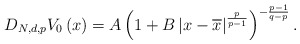
\begin{align*}D_{N,d,p}V_{0}\left( x\right) =A\left( 1+B\left\vert x-\overline{x}\right\vert ^{\frac{p}{p-1}}\right) ^{-\frac{p-1}{q-p}}.\end{align*}